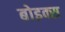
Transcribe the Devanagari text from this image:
बोइक्स